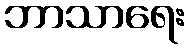
ဘာသာရေး